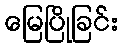
မြေပြိုခြင်း